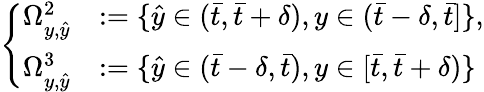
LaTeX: \left\{ \begin{array}{rl}{\Omega_{y,\hat{y}}^{2}}&{:=\{ \hat{y}\in(\bar{t},\bar{t}+\delta),y\in(\bar{t}-\delta,\bar{t}]\} ,}\\ {\Omega_{y,\hat{y}}^{3}}&{:=\{ \hat{y}\in(\bar{t}-\delta,\bar{t}),y\in[\bar{t},\bar{t}+\delta)\} }\end{array}\right.